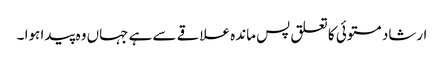
ارشاد مستوئی کا تعلق پس ماندہ علاقے سے ہے جہاں وہ پیدا ہوا ۔